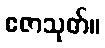
ဧဇာသုတ်။